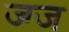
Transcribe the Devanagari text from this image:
ज्ग्ज